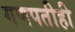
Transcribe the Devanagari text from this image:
गणपतीही